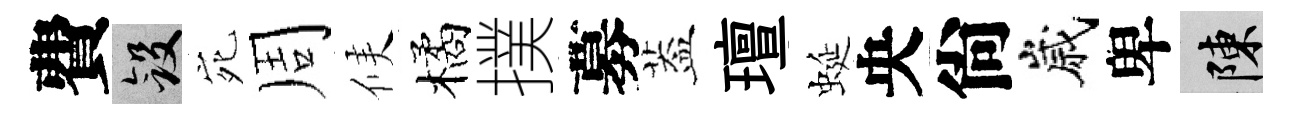
費斂宛周候橘撲募葢璮蜒央尙嵗卑陳